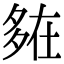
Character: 𡖪